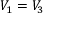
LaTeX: V _ { 1 } = V _ { 3 }